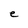
Character: e